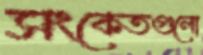
সংকেতগুলো